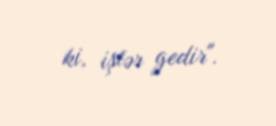
ki, işlər gedir".